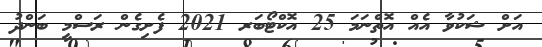
އަށް ޝަކުވާ އެއް އޮތްނަމަ 25 އޮކްޓޯބަރ 2021 ފެށިގެން ރަސްމީ ބަންދު